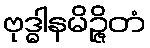
ဗုဒ္ဓါနမိဉ္ဇိတံ